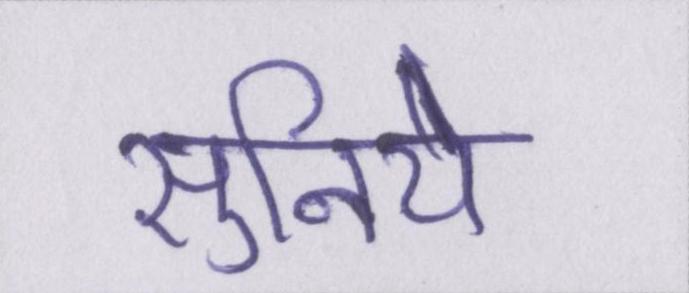
सुनिये